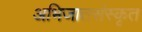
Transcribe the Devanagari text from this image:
अभिजातसंस्कृत